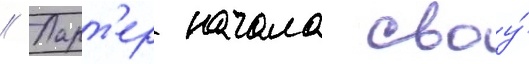
// Ларт'ер начала своу́